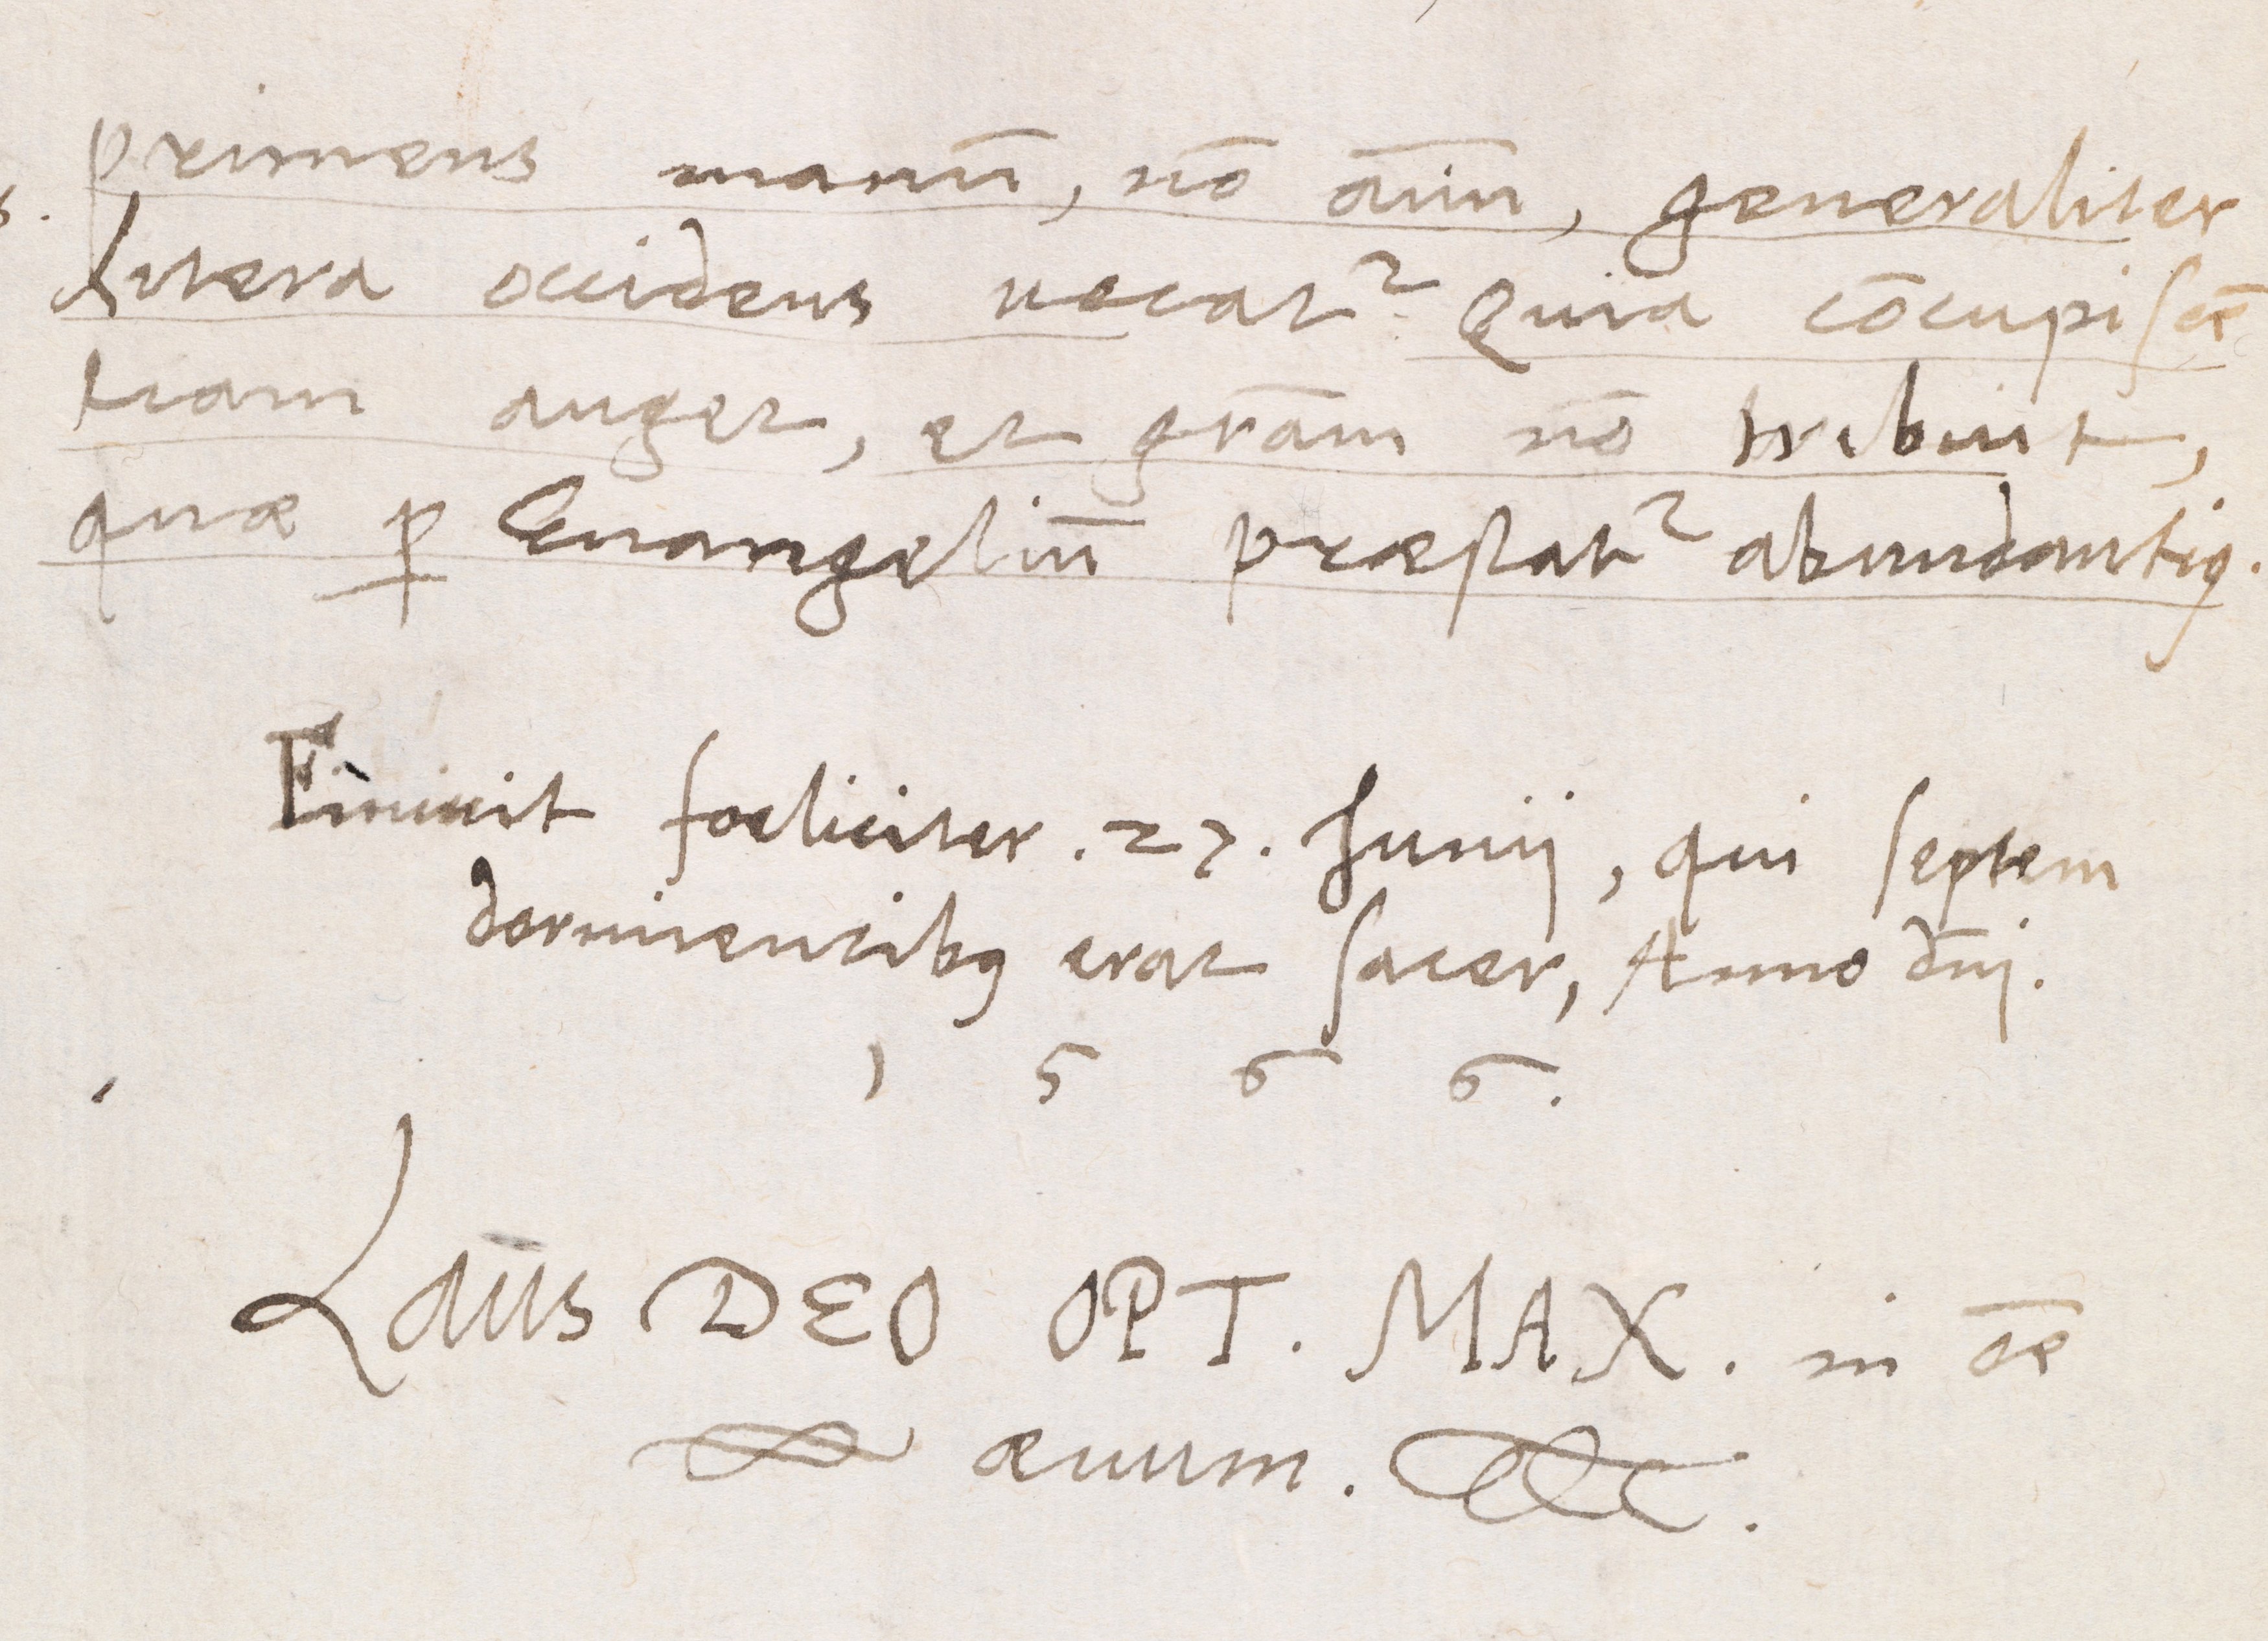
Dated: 1566–1566